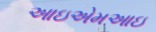
આઇએમઆઇ